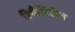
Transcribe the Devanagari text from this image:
रियैलिटीज़